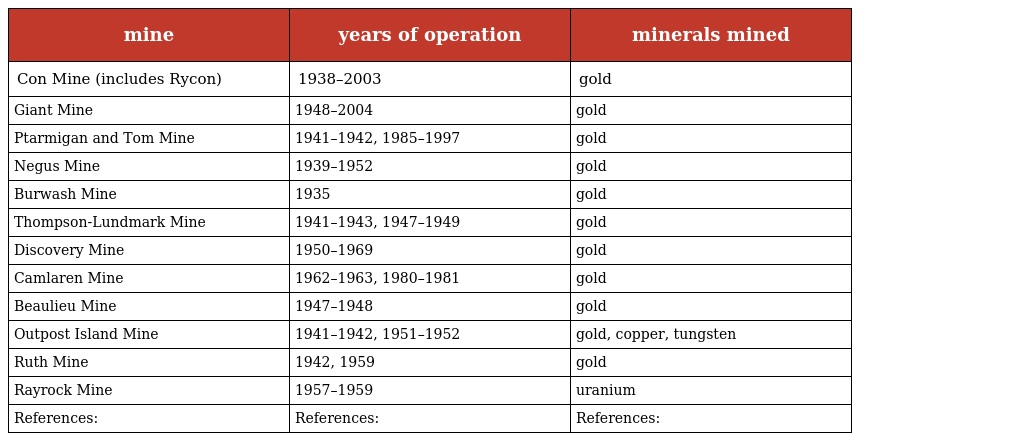
| mine | years of operation | minerals mined |
 | --- | --- | --- |
 | Con Mine (includes Rycon) | 1938–2003 | gold |
 | Giant Mine | 1948–2004 | gold |
 | Ptarmigan and Tom Mine | 1941–1942, 1985–1997 | gold |
 | Negus Mine | 1939–1952 | gold |
 | Burwash Mine | 1935 | gold |
 | Thompson-Lundmark Mine | 1941–1943, 1947–1949 | gold |
 | Discovery Mine | 1950–1969 | gold |
 | Camlaren Mine | 1962–1963, 1980–1981 | gold |
 | Beaulieu Mine | 1947–1948 | gold |
 | Outpost Island Mine | 1941–1942, 1951–1952 | gold, copper, tungsten |
 | Ruth Mine | 1942, 1959 | gold |
 | Rayrock Mine | 1957–1959 | uranium |
 | References: | References: | References: |